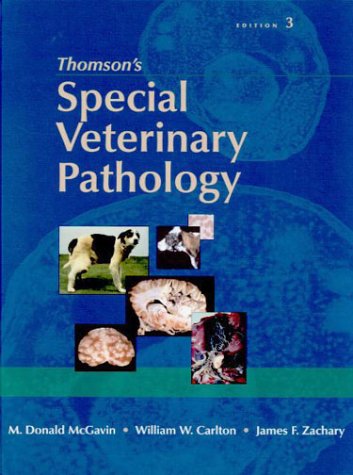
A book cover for Thomson's Special Veterinary Pathology; M. Donald McGavin MVSc  PhD  FACVSc; Medical Books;